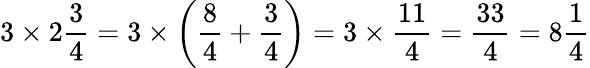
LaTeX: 3\times 2{\frac{3}{4}}=3\times\left({\frac{8}{4}}+{\frac{3}{4}}\right)=3\times{\frac{11}{4}}={\frac{33}{4}}=8{\frac{1}{4}}